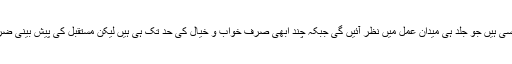
چند گاڑیاں تو ایسی ہیں جو جلد ہی میدانِ عمل میں نظر آئیں گی جبکہ چند ابھی صرف خواب و خیال کی حد تک ہی ہیں لیکن مستقبل کی پیش بینی ضرور کررہی ہیں۔